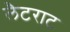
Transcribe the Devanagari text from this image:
लैटराट